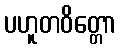
ပဟူတဝိတ္တော